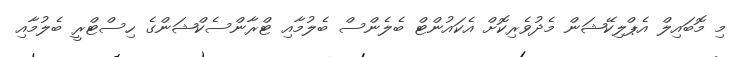
މި މޮބައިލް އެޕްލިކޭޝަން މެދުވެރިކޮށް އެކައުންޓް ބެލެންސް ބެލުމާއި ޓްރާންސެކްޝަންގެ ހިސްޓްރީ ބެލުމާއި